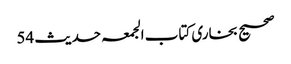
صحیح بخاری کتاب الجمعہ حدیث 54